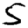
Digit: 5